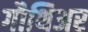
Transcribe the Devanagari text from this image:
गौथिअर